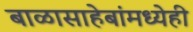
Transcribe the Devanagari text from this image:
बाळासाहेबांमध्येही